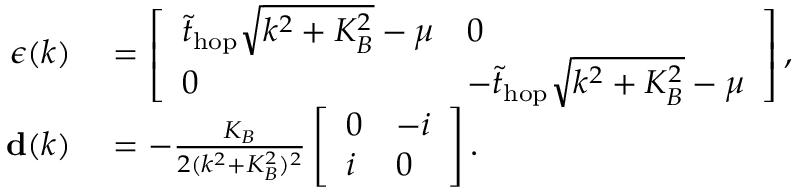
\begin{array} { r l } { { \boldsymbol \epsilon } ( k ) } & { { } = \left[ \begin{array} { l l } { \tilde { t } _ { \mathrm { h o p } } \sqrt { k ^ { 2 } + K _ { B } ^ { 2 } } - \mu } & { 0 } \\ { 0 } & { - \tilde { t } _ { \mathrm { h o p } } \sqrt { k ^ { 2 } + K _ { B } ^ { 2 } } - \mu } \end{array} \right] , } \\ { { \bf d } ( k ) } & { { } = - \frac { K _ { B } } { 2 ( k ^ { 2 } + K _ { B } ^ { 2 } ) ^ { 2 } } \left[ \begin{array} { l l } { 0 } & { - i } \\ { i } & { 0 } \end{array} \right] . } \end{array}